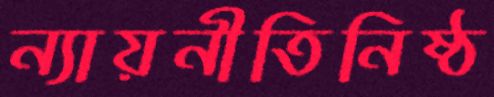
ন্যায়নীতিনিষ্ঠ